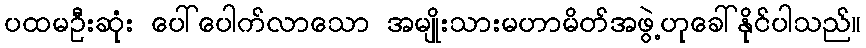
ပထမဦးဆုံး ပေါ်ပေါက်လာသော အမျိုးသားမဟာမိတ်အဖွဲ့ဟုခေါ်နိုင်ပါသည်။